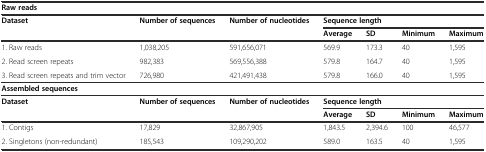
| <COLSPAN=7> Raw reads |
 | <ROWSPAN=2> Dataset | <ROWSPAN=2> Number of sequences | <ROWSPAN=2> Number of nucleotides | <COLSPAN=4> Sequence length |
 | Average | SD | Minimum | Maximum |
 | --- | --- | --- | --- | --- | --- | --- |
 | 1. Raw reads | 1,038,205 | 591,656,071 | 569.9 | 173.3 | 40 | 1,595 |
 | 2. Read screen repeats | 982,383 | 569,556,388 | 579.8 | 164.7 | 40 | 1,595 |
 | 3. Read screen repeats and trim vector | 726,980 | 421,491,438 | 579.8 | 166.0 | 40 | 1,595 |
 | <COLSPAN=7> Assembled sequences |
 | <ROWSPAN=2> Dataset | <ROWSPAN=2> Number of sequences | <ROWSPAN=2> Number of nucleotides | <COLSPAN=4> Sequence length |
 | Average | SD | Minimum | Maximum |
 | 1. Contigs | 17,829 | 32,867,905 | 1,843.5 | 2,394.6 | 100 | 46,577 |
 | 2. Singletons (non-redundant) | 185,543 | 109,290,202 | 589.0 | 163.5 | 40 | 1,595 |